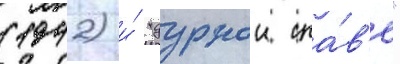
(1942) и́ "дурнои сла́в'е"